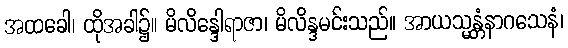
အထခေါ၊ ထိုအခါ၌။ မိလိန္ဒေါရာဇာ၊ မိလိန္ဒမင်းသည်။ အာယသ္မန္တံနာဂသေနံ၊